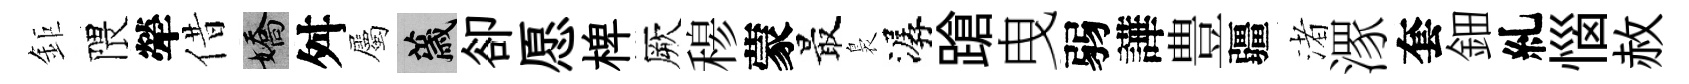
鉅隈犖借嬌舛屬薉卻愿椑厥𥠇蒙最裊潺蹌曳弱譁豊疆渚潈套鈿糺惱赦